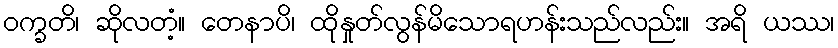
ဝက္ခတိ၊ ဆိုလတံ့။ တေနာပိ၊ ထိုနှုတ်လွန်မိသောရဟန်းသည်လည်း။ အရိ ယဿ၊